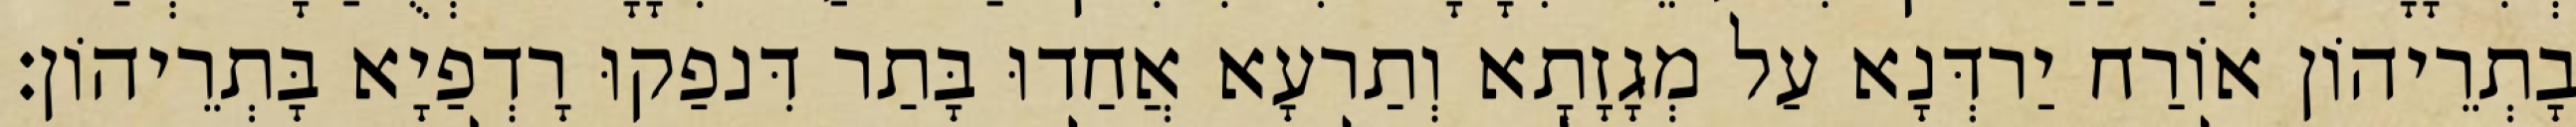
בָתְרֵיהוֹן אוֹרַח יַרדְּנָא עַל מְגָזָתָא וְתַרעָא אֲחַדוּ בָּתַר דִּנפַקוּ רָדְפַיָא בָּתְרֵיהוֹן׃